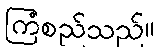
ကြံစည်သည်။